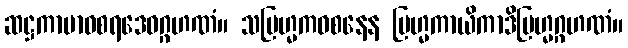
ဆဋ္ဌကာမာဝစရဒေဝဂ္ဂဟဏံ။ သဗြဟ္မကဝစနေန ဗြဟ္မကာယိကာဒိဗြဟ္မဂ္ဂဟဏံ။